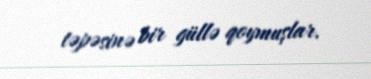
təpəsinə bir güllə qoymuşlar.